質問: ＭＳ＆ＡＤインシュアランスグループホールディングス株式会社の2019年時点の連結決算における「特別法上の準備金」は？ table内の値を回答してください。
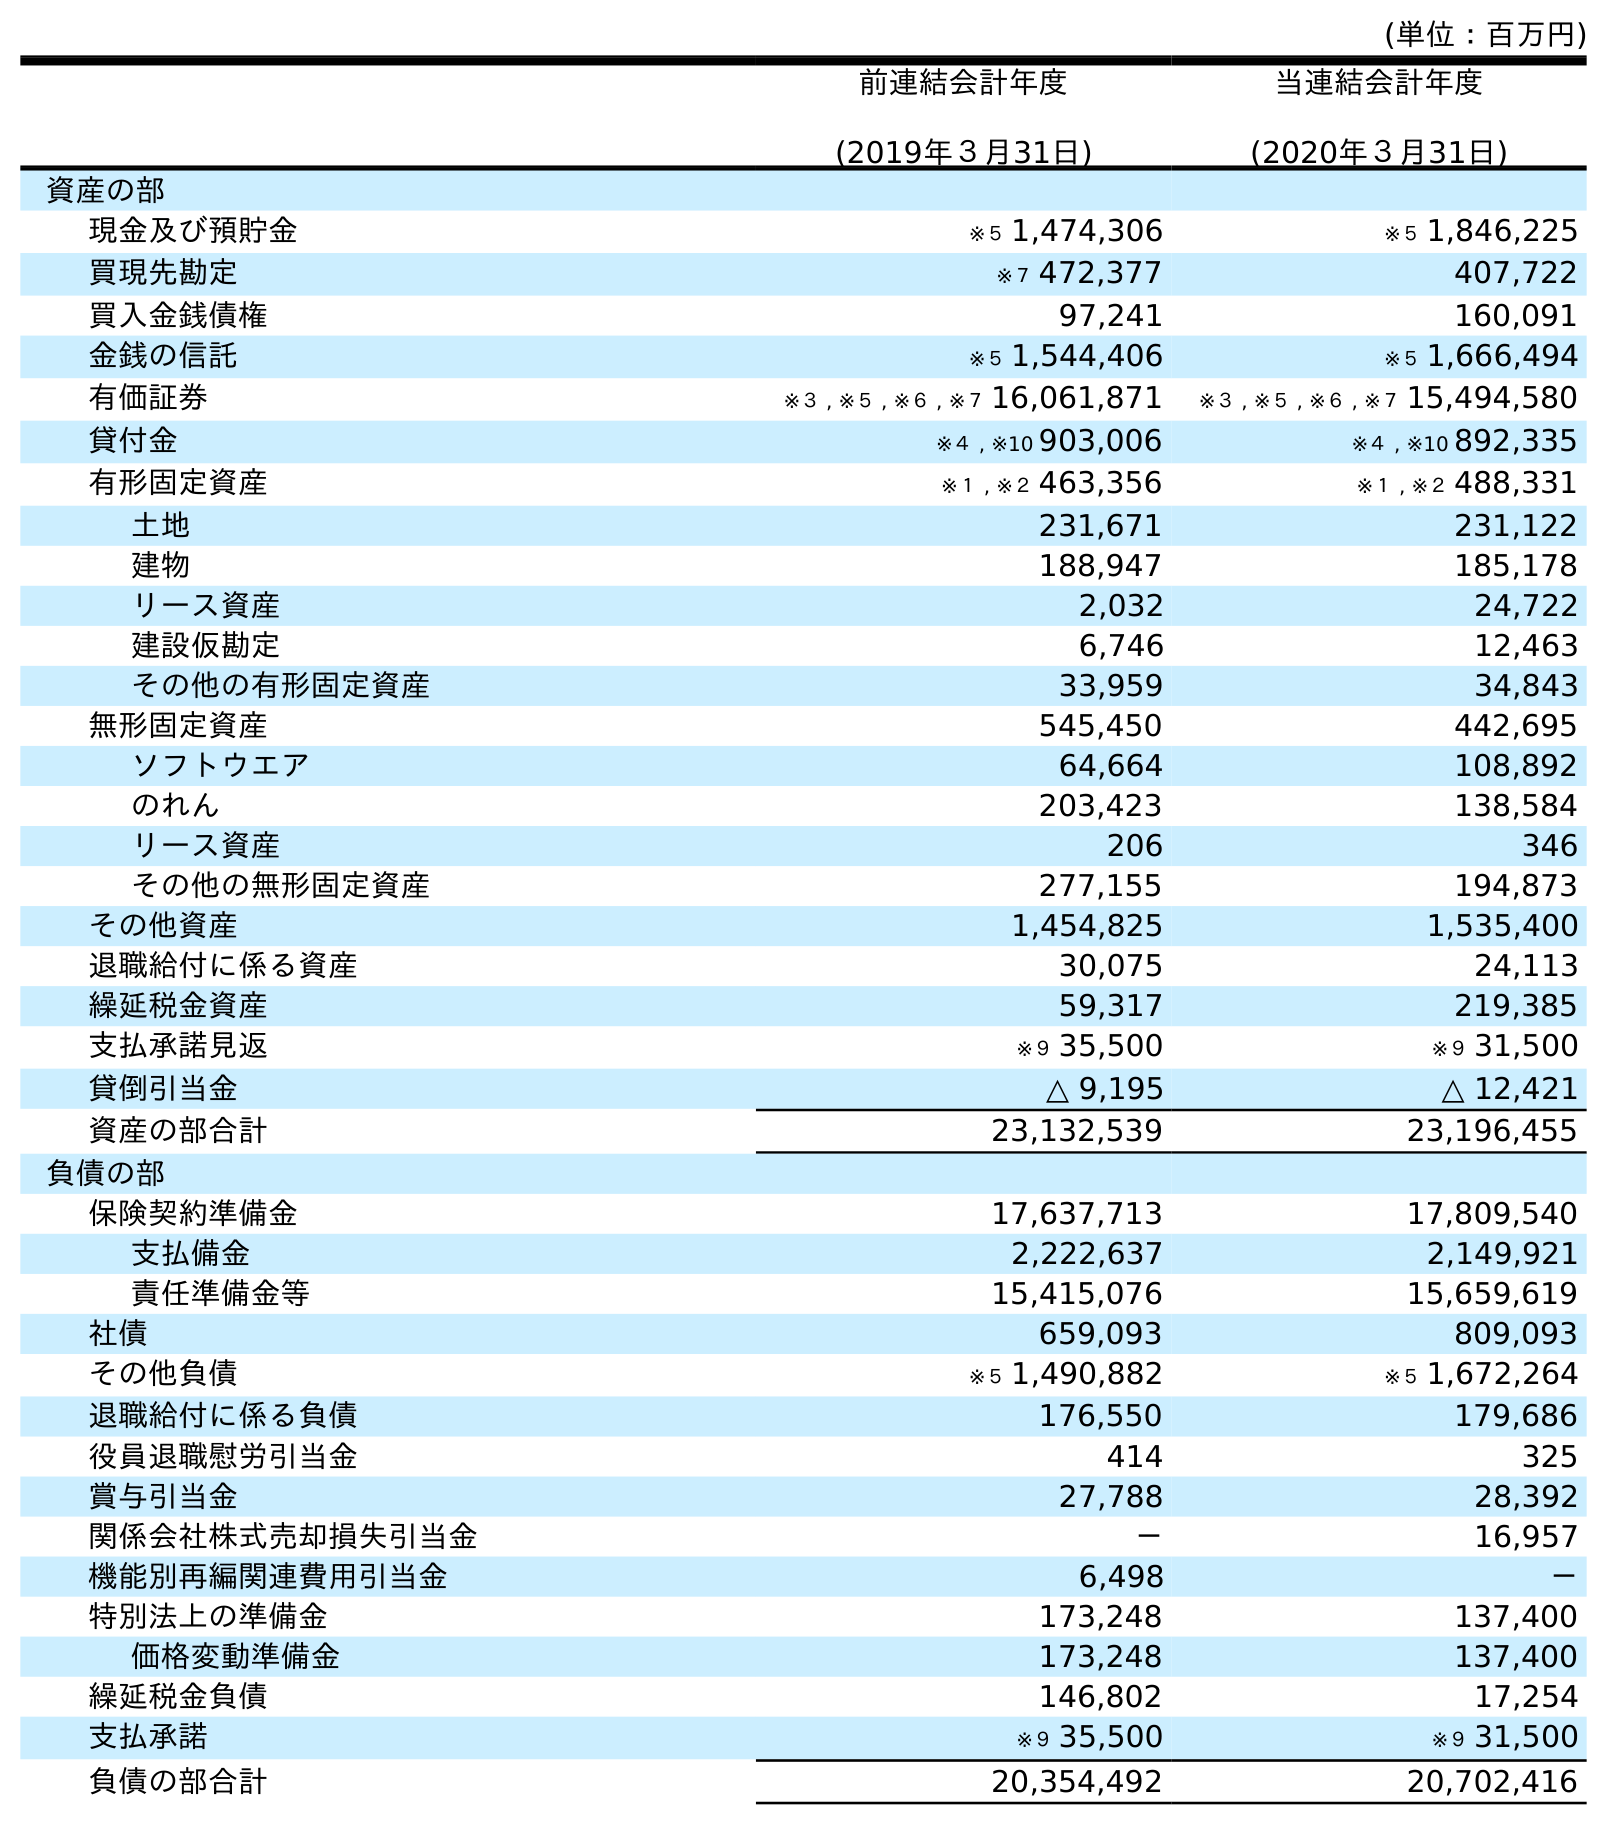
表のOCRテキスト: (単位：百万円) 前連結会計年度 (2019年３月31日) 当連結会計年度 (2020年３月31日) 資産の部 現金及び預貯金 ※５ 1,474,306 ※５ 1,846,225 買現先勘定 ※７ 472,377 407,722 買入金銭債権 97,241 160,091 金銭の信託 ※５ 1,544,406 ※５ 1,666,494 有価証券 ※３ , ※５ , ※６ , ※７ 16,061,871 ※３ , ※５ , ※６ , ※７ 15,494,580 貸付金 ※４ , ※10 903,006 ※４ , ※10 892,335 有形固定資産 ※１ , ※２ 463,356 ※１ , ※２ 488,331 土地 231,671 231,122 建物 188,947 185,178 リース資産 2,032 24,722 建設仮勘定 6,746 12,463 その他の有形固定資産 33,959 34,843 無形固定資産 545,450 442,695 ソフトウエア 64,664 108,892 のれん 203,423 138,584 リース資産 206 346 その他の無形固定資産 277,155 194,873 その他資産 1,454,825 1,535,400 退職給付に係る資産 30,075 24,113 繰延税金資産 59,317 219,385 支払承諾見返 ※９ 35,500 ※９ 31,500 貸倒引当金 △ 9,195 △ 12,421 資産の部合計 23,132,539 23,196,455 負債の部 保険契約準備金 17,637,713 17,809,540 支払備金 2,222,637 2,149,921 責任準備金等 15,415,076 15,659,619 社債 659,093 809,093 その他負債 ※５ 1,490,882 ※５ 1,672,264 退職給付に係る負債 176,550 179,686 役員退職慰労引当金 414 325 賞与引当金 27,788 28,392 関係会社株式売却損失引当金 － 16,957 機能別再編関連費用引当金 6,498 － 特別法上の準備金 173,248 137,400 価格変動準備金 173,248 137,400 繰延税金負債 146,802 17,254 支払承諾 ※９ 35,500 ※９ 31,500 負債の部合計 20,354,492 20,702,416
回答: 173,248